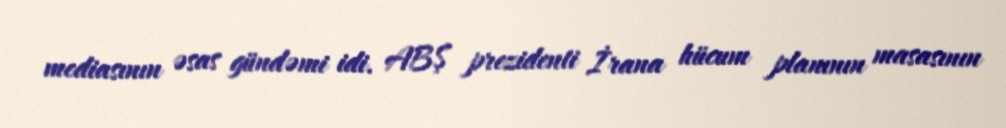
mediasının əsas gündəmi idi. ABŞ prezidenti İrana hücum planının masasının